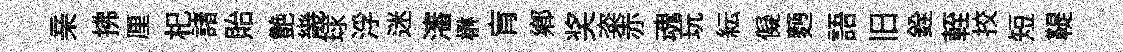
亲拂厘𣏌諸貽艶㡬球浮迷瀋楙肓郷奖粢赤魂玩紜儗麪語旧銓輊挍短鞮